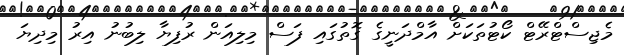
މެޖިސްޓްރޭޓް ކޯޓުތަކަށް އާމްދަނީގެ ގޮތުގައި ފަސް މިލިއަން ރުފިޔާ ލިބުނު އިރު މިދިޔަ